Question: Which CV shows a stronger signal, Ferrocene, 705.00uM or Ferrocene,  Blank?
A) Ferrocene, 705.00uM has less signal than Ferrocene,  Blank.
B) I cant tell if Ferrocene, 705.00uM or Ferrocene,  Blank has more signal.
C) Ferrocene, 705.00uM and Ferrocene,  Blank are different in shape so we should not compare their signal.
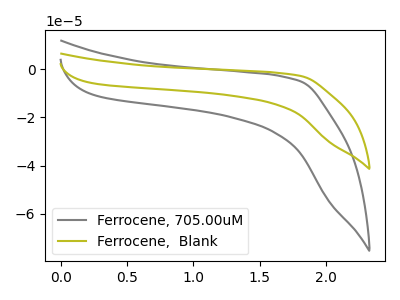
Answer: <think>The gray curve "Ferrocene, 705.00uM" has no peaks. The olive curve "Ferrocene,  Blank" has no peaks.
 Neither "Ferrocene, 705.00uM" or "Ferrocene,  Blank" have any peaks.</think>
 <answer>B) I cant tell if "Ferrocene, 705.00uM" or "Ferrocene,  Blank" has more signal.</answer>
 <eval>B</eval>